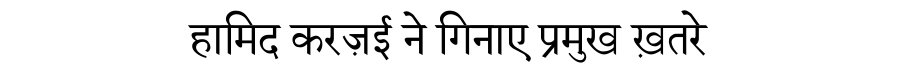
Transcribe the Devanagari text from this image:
हामिद करज़ई ने गिनाए प्रमुख ख़तरे